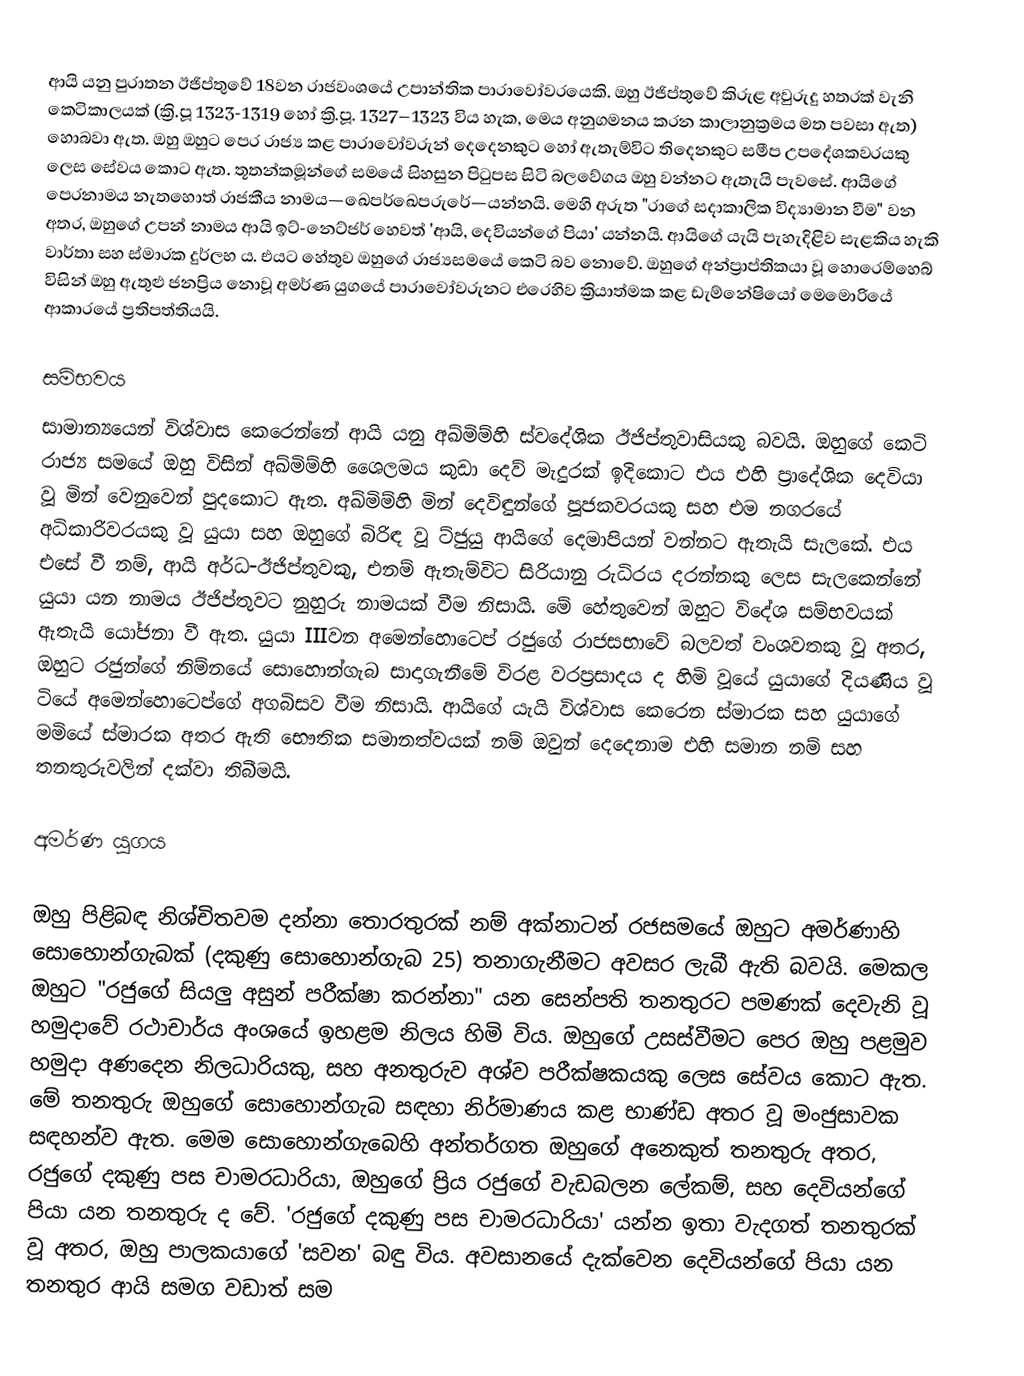
ආයි යනු පුරාතන ඊජිප්තුවේ 18වන රාජවංශයේ උපාන්තික පාරාවෝවරයෙකි. ඔහු ඊජිප්තුවේ කිරුළ අවුරුදු හතරක් වැනි කෙටිකාලයක් (ක්‍රි.පූ 1323-1319 හෝ ක්‍රි.පූ. 1327–1323 විය හැක, මෙය අනුගමනය කරන කාලානුක්‍රමය මත පවසා ඇත) හොබවා ඇත. ඔහු ඔහුට පෙර රාජ්‍ය කළ පාරාවෝවරුන් දෙදෙනකුට හෝ ඇතැම්විට තිදෙනකුට සමීප උපදේශකවරයකු ලෙස සේවය කොට ඇත. තූතන්කමූන්ගේ සමයේ සිහසුන පිටුපස සිටි බලවේගය ඔහු වන්නට ඇතැයි පැවසේ. ආයිගේ පෙරනාමය නැතහොත් රාජකීය නාමය—ඛෙපර්ඛෙපරුරේ—යන්නයි. මෙහි අරුත "රාගේ සදාකාලික විද්‍යාමාන වීම" වන අතර, ඔහුගේ උපන් නාමය ආයි ඉට්-නෙට්ජර් හෙවත් 'ආයි, දෙවියන්ගේ පියා' යන්නයි. ආයිගේ යැයි පැහැදිළිව සැළකිය හැකි වාර්තා සහ ස්මාරක දුර්ලභ ය. එයට හේතුව ඔහුගේ රාජ්‍යසමයේ කෙටි බව නොවේ. ඔහුගේ අන්ප්‍රාප්තිකයා වූ හොරෙම්හෙබ් විසින් ඔහු ඇතුළු ජනප්‍රිය නොවූ අමර්ණ යුගයේ පාරාවෝවරුනට එරෙහිව ක්‍රියාත්මක කළ ඩැම්නේෂියෝ මෙමොරියේ ආකාරයේ ප්‍රතිපත්තියයි.

සම්භවය
සාමාන්‍යයෙන් විශ්වාස කෙරෙන්නේ ආයි යනු අඛ්මිම්හි ස්වදේශික ඊජිප්තුවාසියකු බවයි. ඔහුගේ කෙටි රාජ්‍ය සමයේ ඔහු විසින් අඛ්මිම්හි ශෛලමය කුඩා දෙව් මැදුරක් ඉදිකොට එය එහි ප්‍රාදේශික‍ දෙවියා වූ මින් වෙනුවෙන් පුදකොට ඇත. අඛ්මිම්හි මින් දෙවිඳුන්ගේ පූජකවරයකු සහ එම නගරයේ අධිකාරිවරයකු වූ යුයා සහ ඔහුගේ බිරිඳ වූ ට්ජුයු ආයිගේ දෙමාපියන් වන්නට ඇතැයි සැලකේ. එය එසේ වී නම්, ආයි අර්ධ-ඊජිප්තුවකු, එනම් ඇතැම්විට සිරියානු රුධිරය දරන්නකු ලෙස සැලකෙන්නේ යුයා යන නාමය ඊජිප්තුවට නුහුරු නාමයක් වීම නිසායි. මේ හේතුවෙන් ඔහුට විදේශ සම්භවයක් ඇතැයි යෝජනා වී ඇත. යුයා IIIවන අමෙන්හො‍ටෙප් රජුගේ රාජසභාවේ බලවත් වංශවතකු වූ අතර, ඔහුට රජුන්ගේ නිම්නයේ සොහොන්ගැබ සාදාගැනීමේ විරළ වරප්‍රසාදය ද හිමි වූයේ යුයාගේ දියණිය වූ ටියේ අමෙන්හොටෙප්ගේ අගබිසව වීම නිසායි. ආයිගේ යැයි විශ්වාස කෙරෙන ස්මාරක සහ යුයාගේ මමියේ ස්මාරක අතර ඇති භෞතික සමානත්වයක් නම් ඔවුන් දෙදෙනාම එහි සමාන නම් සහ තනතුරුවලින් දක්වා තිබීමයි.

අමර්ණ යුගය

ඔහු පිළිබඳ නිශ්චිතවම දන්නා තොරතුරක් නම් අක්නාටන් රජසමයේ ඔහුට අමර්ණාහි සොහොන්ගැබක් (දකුණු සොහොන්ගැබ 25) තනාගැනීමට අවසර ලැබී ඇති බවයි. මෙකල ඔහුට "රජුගේ සියලු අසුන් පරීක්ෂා කරන්නා" යන සෙන්පති තනතුරට පමණක් දෙවැනි වූ හමුදාවේ රථාචාර්ය අංශයේ ඉහළම නිලය හිමි විය. ඔහුගේ උසස්වීමට පෙර ඔහු පළමුව හමුදා අණදෙන නිලධාරියකු, සහ අනතුරුව අශ්ව පරීක්ෂකයකු ලෙස සේවය කොට ඇත. මේ තනතුරු ඔහුගේ සොහොන්ගැබ සඳහා නිර්මාණය කළ භාණ්ඩ අතර වූ මංජුසාවක සඳහන්ව ඇත. මෙම සොහොන්ගැබෙහි අන්තර්ගත ඔහුගේ අනෙකුත් තනතුරු අතර, රජුගේ දකුණු පස චාමරධාරියා, ඔහුගේ ප්‍රිය රජුගේ වැඩබලන ලේකම්, සහ දෙවියන්ගේ පියා යන තනතුරු ද වේ. 'රජුගේ දකුණු පස චාමරධාරියා' යන්න ඉතා වැදගත් තනතුරක් වූ අතර, ඔහු පාලකයාගේ 'සවන' බඳු විය. අවසානයේ දැක්වෙන දෙවියන්ගේ පියා යන තනතුර ආයි සමග වඩාත් සම